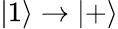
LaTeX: |1\rangle\to|+\rangle